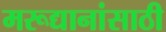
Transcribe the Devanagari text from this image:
मरूद्यानांसाठी